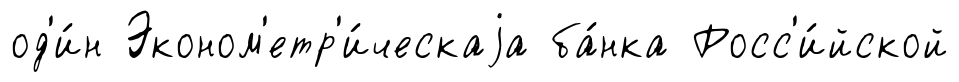
од'и́н Эконом'етр'и́ческаjа ба́нка Росс'и́йской